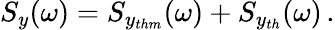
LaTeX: S_{y}(\omega)=S_{y_{thm}}(\omega)+S_{y_{th}}(\omega)\, .